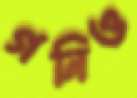
গনিও